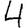
Digit: 4